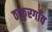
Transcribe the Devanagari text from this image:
ठाकुरगाँव